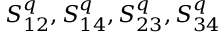
S _ { 1 2 } ^ { q } , S _ { 1 4 } ^ { q } , S _ { 2 3 } ^ { q } , S _ { 3 4 } ^ { q }